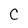
Character: C